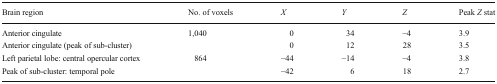
<table><thead><tr><td><b>Brain region</b></td><td><b>No. of voxels</b></td><td><b><i>X</i></b></td><td><b><i>Y</i></b></td><td><b><i>Z</i></b></td><td><b>Peak <i>Z</i> stat</b></td></tr></thead><tbody><tr><td>Anterior cingulate</td><td>1,040</td><td>0</td><td>34</td><td>−4</td><td>3.9</td></tr><tr><td>Anterior cingulate (peak of sub-cluster)</td><td></td><td>0</td><td>12</td><td>28</td><td>3.5</td></tr><tr><td>Left parietal lobe: central opercular cortex</td><td>864</td><td>−44</td><td>−14</td><td>−4</td><td>3.8</td></tr><tr><td>Peak of sub-cluster: temporal pole</td><td></td><td>−42</td><td>6</td><td>18</td><td>2.7</td></tr></tbody></table>